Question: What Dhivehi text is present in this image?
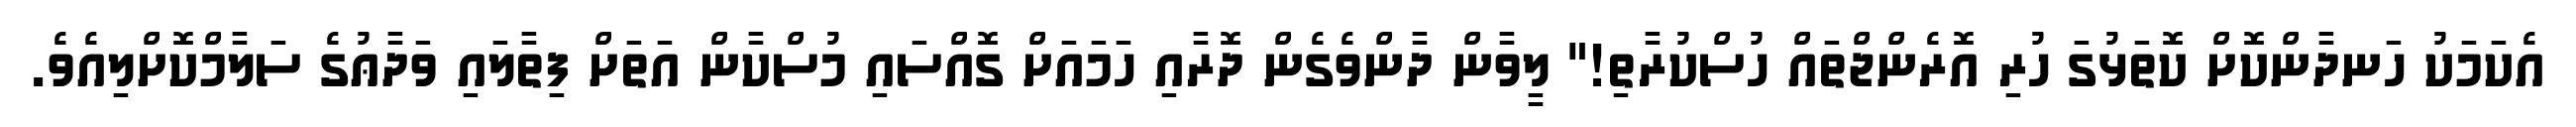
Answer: އެކަމަކު ހަނދާންކޮށް ކޮތަޅުގަ ހުރި އޮރެންޖްތައް ހުސްކުރާތި!" ލީވާން ދާންވެގެން ދޮރާއި ހަމައަށް ގޮއްސައި މުސްކާން އަތަށް ފިތާލައި ވަދާޢުގެ ސަލާމްކޮށްލިއެވެ.